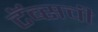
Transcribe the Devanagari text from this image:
टॅब्सची